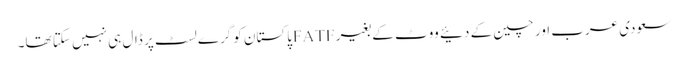
سعودی عرب اور چین کے دئیے ووٹ کے بغیر FATFپاکستان کو گرے لسٹ پر ڈال ہی نہیں سکتا تھا۔